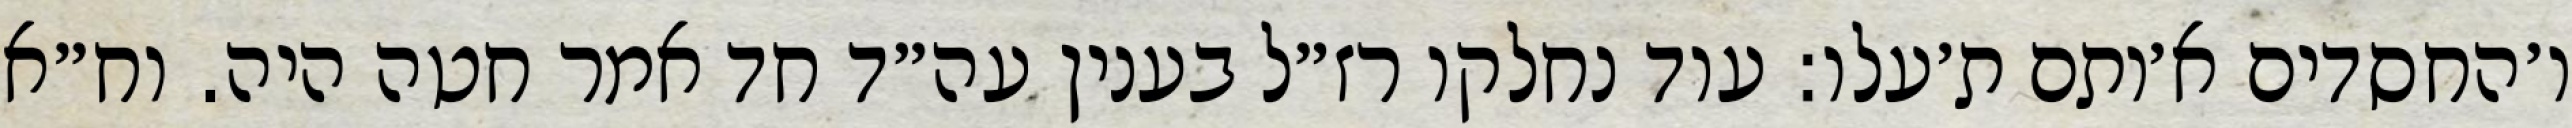
ו׳החסדים א׳ותם ת׳עלו: עוד נחלקו רז״ל בענין עה״ד חד אמר חטה היה. וח״א